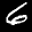
Label: 6